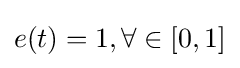
e(t)=1,\forall \in [0,1]